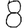
Digit: 8